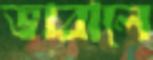
ভাবালে